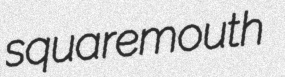
squaremouth